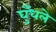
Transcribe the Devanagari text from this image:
घुँधले